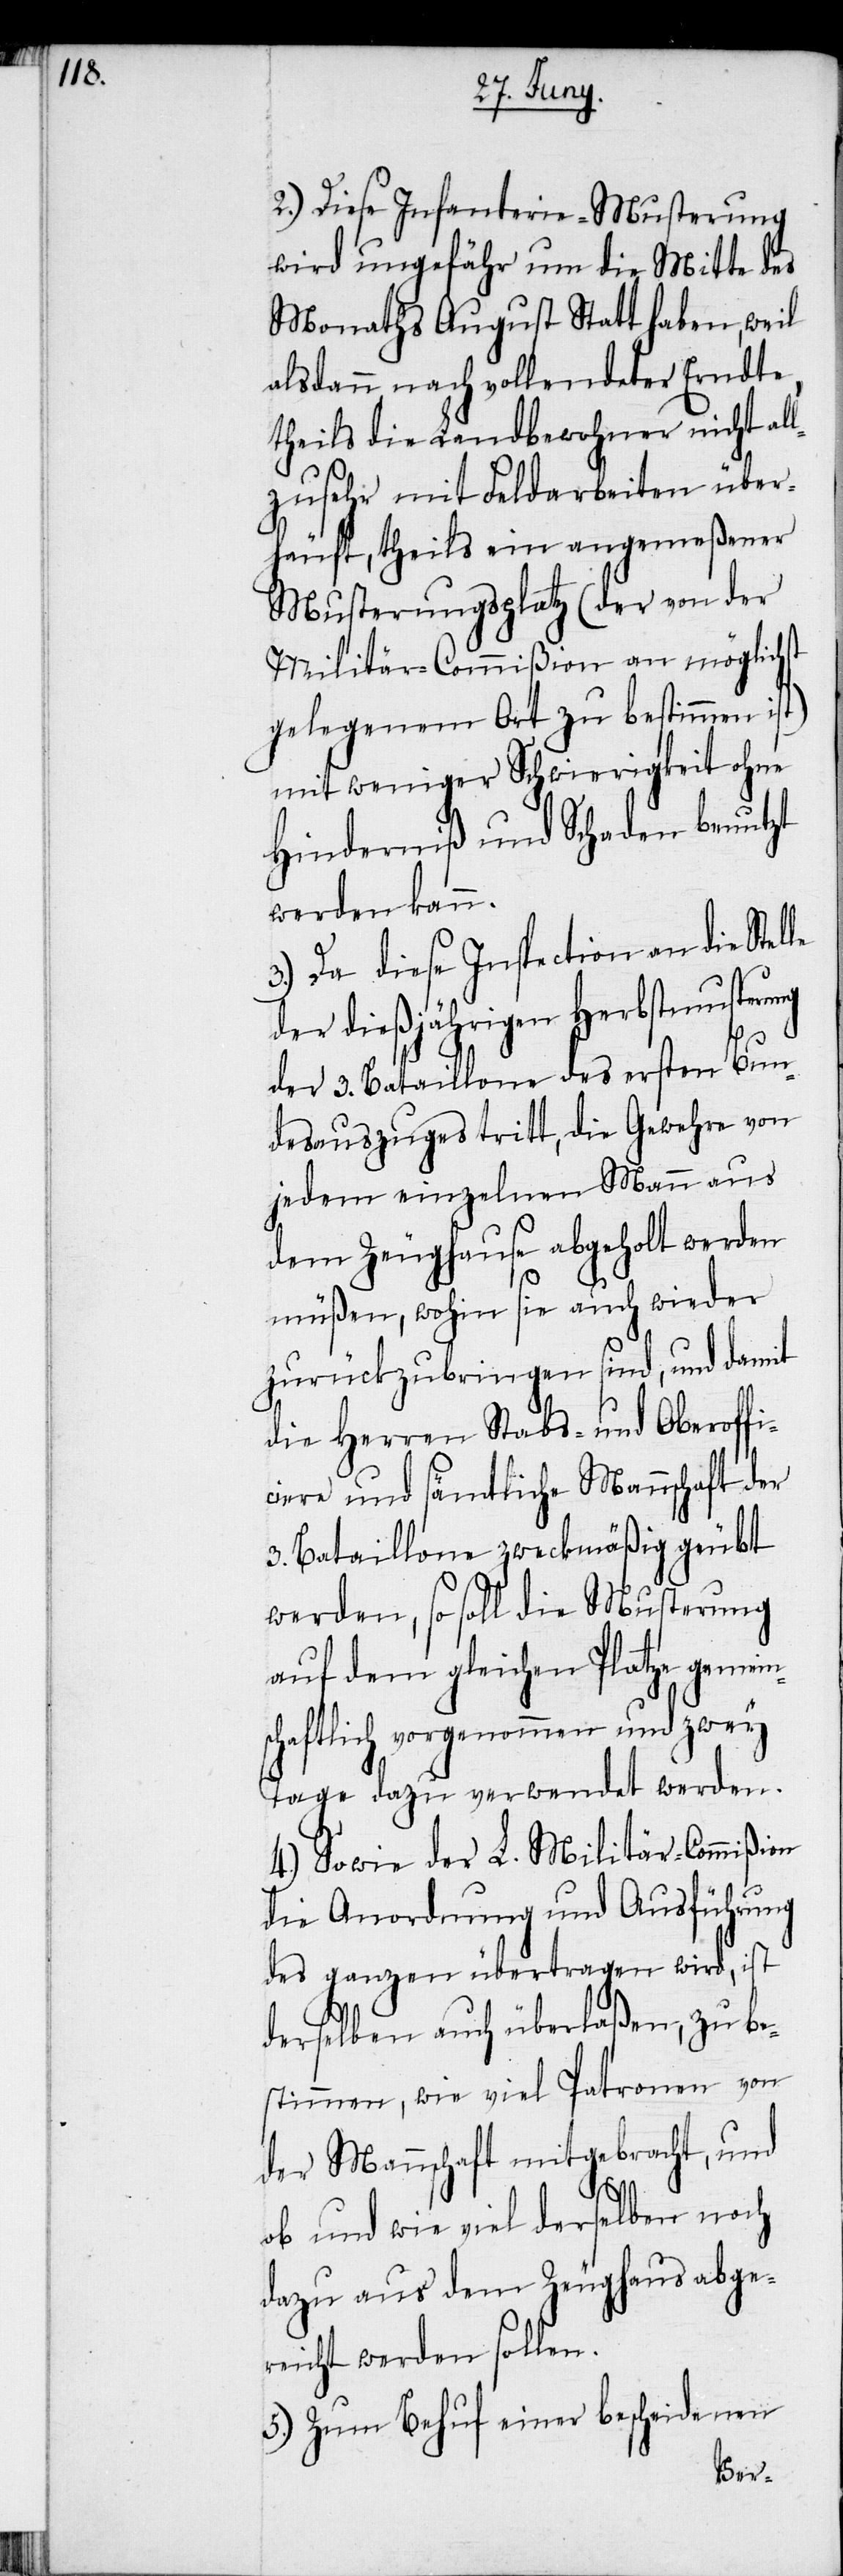
le

2.) Diese Infanterie-Musterung
wird ungefähr um die Mitte des
Monaths August Statt haben, weil
alsdann, nach vollendeter Erndte,
theils die Landbewohner nicht al¬
lzusehr mit Feldarbeiten über¬
häuft, theils ein angemeßener
Musterungsplatz (der von der
Militär-Commißion an möglichst
gelegenem Ort zu bestimmen ist)
mit weniger Schwierigkeit ohne
Hinderniß und Schaden benutzt
werden kann.
3.) Da diese Inspection an die Stel¬
der dießjährigen Herbstmusterung
der 3. Bataillone des ersten Bun¬
desauszuges tritt, die Gewehre von
jedem einzelnen Mann aus
dem Zeughause abgeholt werden
müßen, wohin sie auch wieder
zurückzubringen sind, und damit
die Herren Stabs- und Oberoffi¬
ciere und sämtliche Mannschaft der
3. Bataillone zweckmäßig geübt
werden, so soll die Musterung
auf dem gleichen Platze gemein¬
schaftlich vorgenommen und zwey
Tage dazu verwendet werden.
4.) Sowie der L. Militär-Commißion
die Anordnung und Ausführung
des ganzen übertragen wird, ist
derselben auch überlaßen, zu be¬
stimmen, wie viel Patronen von
der Mannschaft mitgebracht, und
ob und wie viel derselben noch
dazu aus dem Zeughaus abge¬
reicht werden sollen.
5.) Zum Behuf einer bescheidenen